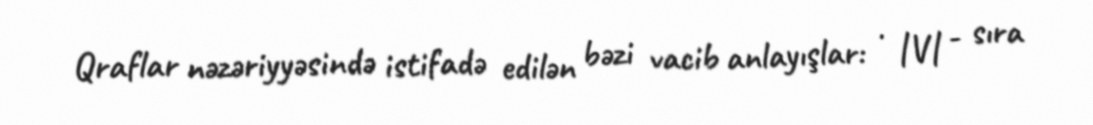
Qraflar nəzəriyyəsində istifadə edilən bəzi vacib anlayışlar: · |V| - sıra